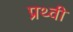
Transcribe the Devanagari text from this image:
प्रथ्‍वी